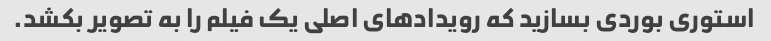
استوری بوردی بسازید که رویدادهای اصلی یک فیلم را به تصویر بکشد.